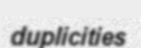
duplicities